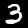
Digit: 3